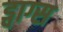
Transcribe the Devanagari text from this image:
ड्वाग्स